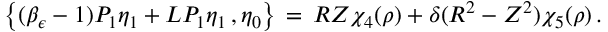
\bigl \{ ( \beta _ { \epsilon } - 1 ) P _ { 1 } \eta _ { 1 } + L P _ { 1 } \eta _ { 1 } \, , \eta _ { 0 } \bigr \} \, = \, R Z \chi _ { 4 } ( \rho ) + \delta ( R ^ { 2 } - Z ^ { 2 } ) \chi _ { 5 } ( \rho ) \, .